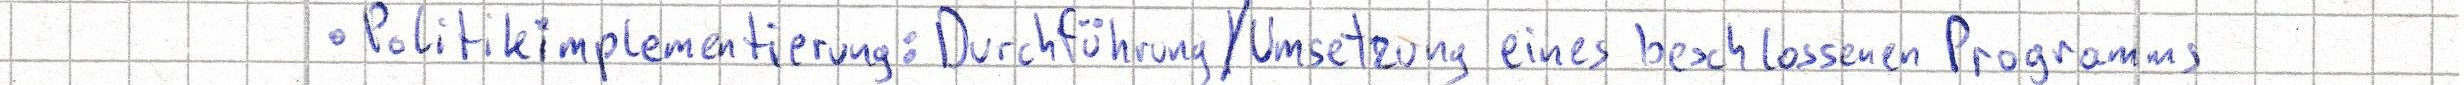
- Politikimplementierung: Durchführung/Umsetzung eines beschlossenen Programms